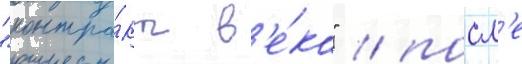
"контра́кт в'е́ка" / посл'е